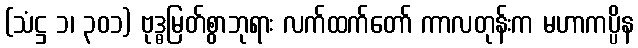
(သံဋ္ဌ ၁၊ ၃၀၁) ဗုဒ္ဓမြတ်စွာဘုရား လက်ထက်တော် ကာလတုန်းက မဟာကပ္ပိန